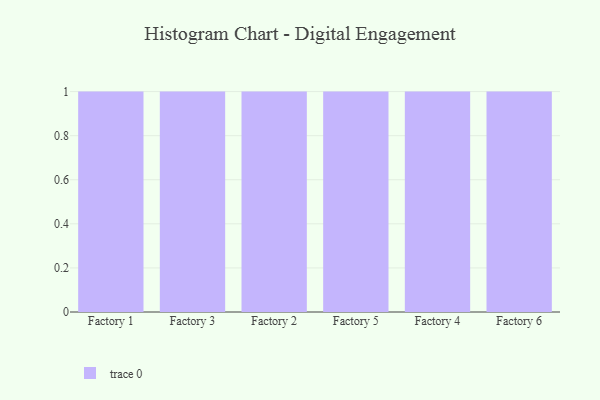
{"axis": {"x": "Factory", "y": "Gross Profit (USD K)"}, "legend": [""], "data": [{"x": "Factory 1", "y": 34, "type": ""}, {"x": "Factory 3", "y": 72, "type": ""}, {"x": "Factory 2", "y": 42, "type": ""}, {"x": "Factory 5", "y": 86, "type": ""}, {"x": "Factory 4", "y": 75, "type": ""}, {"x": "Factory 6", "y": 33, "type": ""}]}